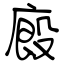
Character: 廄